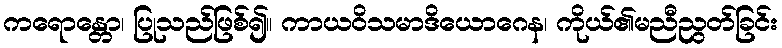
ကရောန္တော၊ ပြုသည်ဖြစ်၍။ ကာယဝိသမာဒိယောဂေန၊ ကိုယ်၏မညီညွတ်ခြင်း